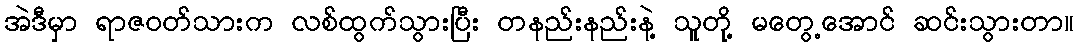
အဲဒီမှာ ရာဇဝတ်သားက လစ်ထွက်သွားပြီး တနည်းနည်းနဲ့ သူတို့ မတွေ့အောင် ဆင်းသွားတာ။